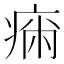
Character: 𤷗